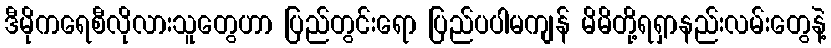
ဒီမိုကရေစီလိုလားသူတွေဟာ ပြည်တွင်းရော ပြည်ပပါမကျန် မိမိတို့ရရှာနည်းလမ်းတွေနဲ့